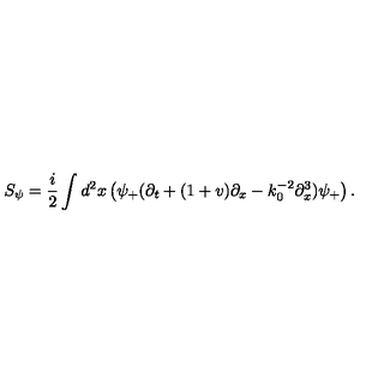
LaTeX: S _ { \psi } = \frac { i } { 2 } \int d ^ { 2 } x \left( \psi _ { + } ( \partial _ { t } + ( 1 + v ) \partial _ { x } - k _ { 0 } ^ { - 2 } \partial _ { x } ^ { 3 } ) \psi _ { + } \right) .